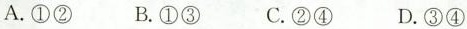
A.①②B.①③C.②④ D.③④